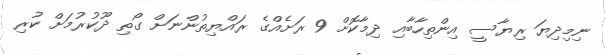
ނިމިދިޔަ ރިޔާސީ އިންތިހާބާއި ދިމާކޮށް 9 ރަށެއްގެ ރައްޔިތުންނަށް ގޯތި ދޫކުރުމަށް ކުރި